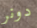
دونر